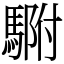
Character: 䮛